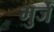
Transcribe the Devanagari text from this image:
मुर्जे